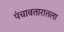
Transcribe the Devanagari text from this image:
पंचावतारातला